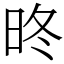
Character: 昸